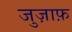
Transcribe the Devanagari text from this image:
जुज़ाफ़